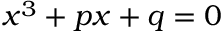
x ^ { 3 } + p x + q = 0